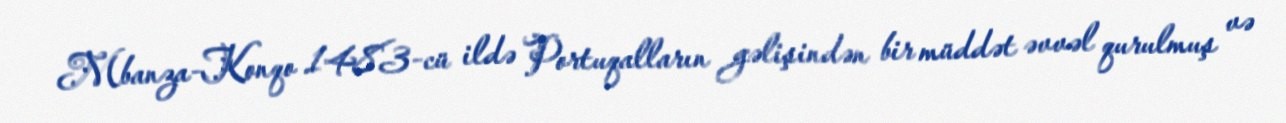
Mbanza-Konqo 1483-cü ildə Portuqalların gəlişindən bir müddət əvvəl qurulmuş və